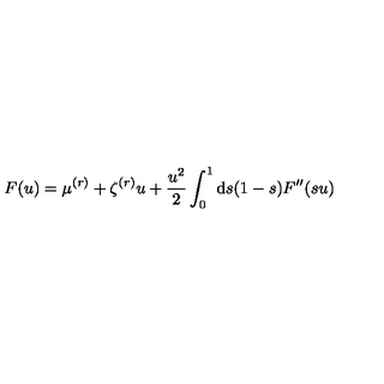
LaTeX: F ( u ) = \mu ^ { ( r ) } + \zeta ^ { ( r ) } u + \frac { u ^ { 2 } } { 2 } \int _ { 0 } ^ { 1 } \mathrm { d } s ( 1 - s ) F ^ { \prime \prime } ( s u )